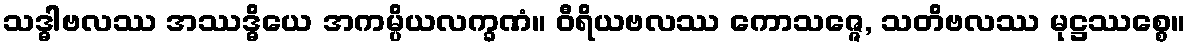
သဒ္ဓါဗလဿ အဿဒ္ဓိယေ အကမ္ပိယလက္ခဏံ။ ဝီရိယဗလဿ ကောသဇ္ဇေ, သတိဗလဿ မုဋ္ဌဿစ္စေ။